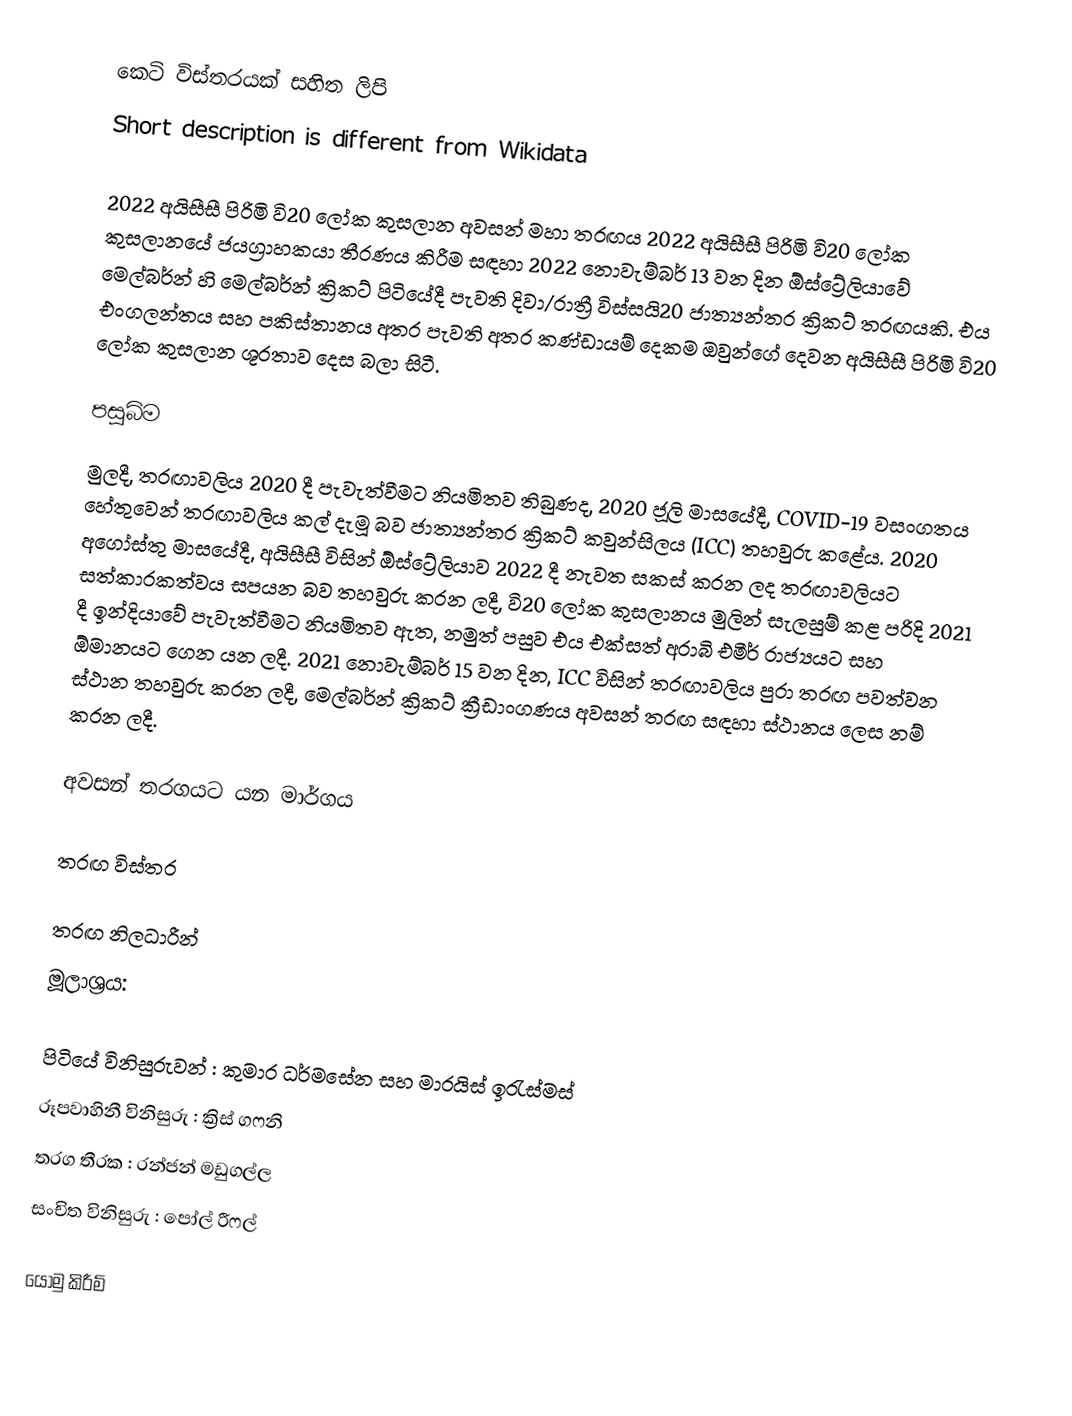
කෙටි විස්තරයක් සහිත ලිපි
Short description is different from Wikidata

2022 අයිසීසී පිරිමි වි20 ලෝක කුසලාන අවසන් මහා තරඟය 2022 අයිසීසී පිරිමි වි20 ලෝක කුසලානයේ ජයග්‍රාහකයා තීරණය කිරීම සඳහා 2022 නොවැම්බර් 13 වන දින ඕස්ට්‍රේලියාවේ මෙල්බර්න් හි මෙල්බර්න් ක්‍රිකට් පිටියේදී පැවති දිවා/රාත්‍රී විස්සයි20 ජාත්‍යන්තර ක්‍රිකට් තරඟයකි. එය එංගලන්තය සහ පකිස්තානය අතර පැවති  අතර කණ්ඩායම් දෙකම ඔවුන්ගේ දෙවන අයිසීසී පිරිමි වි20 ලෝක කුසලාන ශූරතාව දෙස බලා සිටී.

පසුබිම
මුලදී, තරඟාවලිය 2020 දී පැවැත්වීමට නියමිතව තිබුණද, 2020 ජූලි මාසයේදී, COVID-19 වසංගතය හේතුවෙන් තරඟාවලිය කල් දැමූ බව ජාත්‍යන්තර ක්‍රිකට් කවුන්සිලය (ICC) තහවුරු කළේය.  2020 අගෝස්තු මාසයේදී, අයිසීසී විසින් ඕස්ට්‍රේලියාව 2022 දී නැවත සකස් කරන ලද තරඟාවලියට සත්කාරකත්වය සපයන බව තහවුරු කරන ලදී,  වි20 ලෝක කුසලානය මුලින් සැලසුම් කළ පරිදි 2021 දී ඉන්දියාවේ පැවැත්වීමට නියමිතව ඇත,  නමුත් පසුව එය එක්සත් අරාබි එමීර් රාජ්‍යයට සහ ඕමානයට ගෙන යන ලදී. 2021 නොවැම්බර් 15 වන දින, ICC විසින් තරඟාවලිය පුරා තරඟ පවත්වන ස්ථාන තහවුරු කරන ලදී,  මෙල්බර්න් ක්‍රිකට් ක්‍රීඩාංගණය අවසන් තරඟ සඳහා ස්ථානය ලෙස නම් කරන ලදී.

අවසන් තරගයට යන මාර්ගය

තරඟ විස්තර

තරඟ නිලධාරීන්
මූලාශ්‍රය:

 පිටියේ විනිසුරුවන් : කුමාර ධර්මසේන සහ  මාරයිස් ඉරැස්මස්
 රූපවාහිනී විනිසුරු : ක්‍රිස් ගෆනි
 තරග තීරක : රන්ජන් මඩුගල්ල
 සංචිත විනිසුරු : පෝල් රීෆල්

යොමු කිරීම්